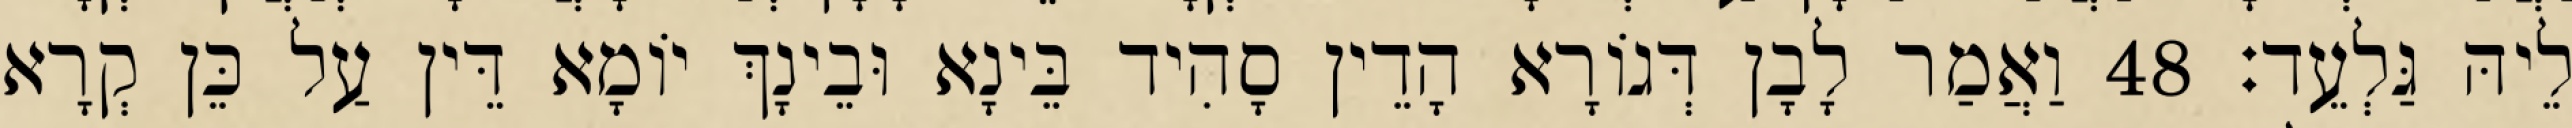
לֵיהּ גַּלְעֵד׃ 48 וַאֲמַר לָבָן דְּגוֹרָא הָדֵין סָהִיד בֵּינָא וּבֵינָךְ יוֹמָא דֵּין עַל כֵּן קְרָא